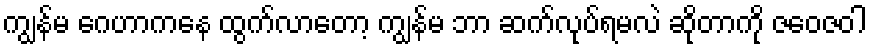
ကျွန်မ ဂေဟာကနေ ထွက်လာတော့ ကျွန်မ ဘာ ဆက်လုပ်ရမလဲ ဆိုတာကို ဇဝေဇဝါ